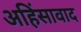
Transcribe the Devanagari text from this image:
अहिंसावाद